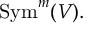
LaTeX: { \mathrm { S y m } } ^ { m } ( V ) .